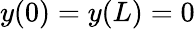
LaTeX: y(0)=y(L)=0